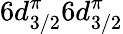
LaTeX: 6d_{3/2}^{\pi}6d_{3/2}^{\pi}